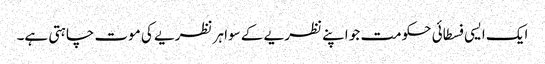
ایک ایسی فسطائی حکومت جو اپنے نظریے کے سوا ہر نظریے کی موت چاہتی ہے۔